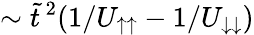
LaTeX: \sim\tilde{t}\, ^{2}(1/U_{\uparrow\uparrow}-1/U_{\downarrow\downarrow})